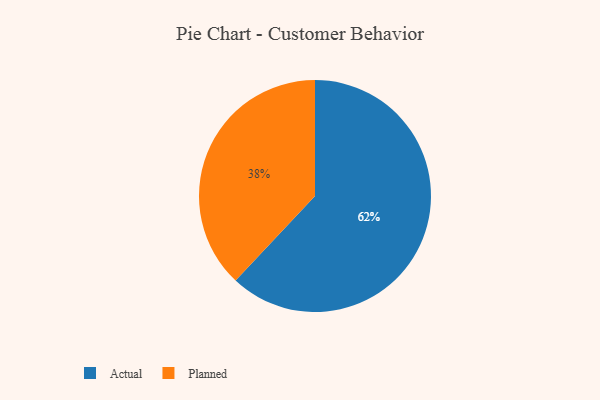
{"axis": {"x": "Category", "y": "Percentage"}, "legend": ["Actual", "Planned"], "data": [{"x": "Planned", "y": 38, "type": "Planned"}, {"x": "Actual", "y": 62, "type": "Actual"}]}